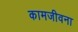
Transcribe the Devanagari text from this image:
कामजीवना